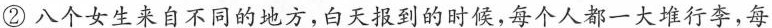
②八个女生来自不同的地方，白天到的时候，每个人都一大堆行李，每